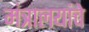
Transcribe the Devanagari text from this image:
मंत्रालयांचे